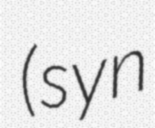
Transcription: (syn